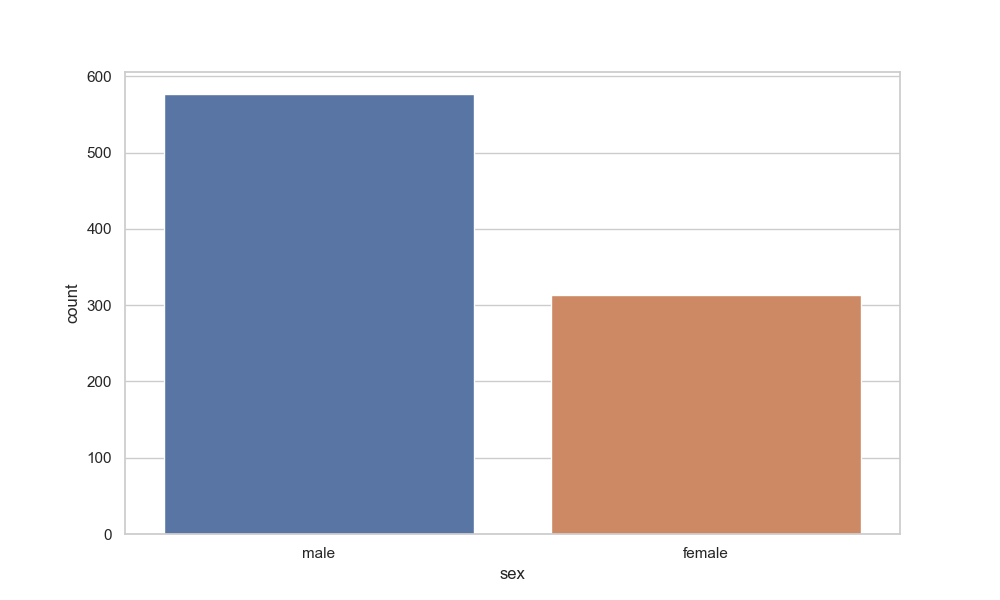
python, seaborn, countplot, x='sex', palette='deep', hue='None'